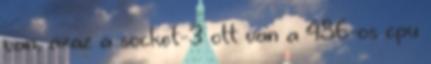
van, azaz a socket-3 ott van a 486-os cpu